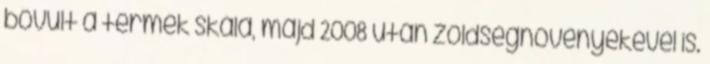
bővült a termék skála, majd 2008 után zöldségnövényekével is.